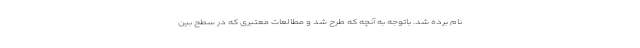
نام برده شد. باتوجه به آنچه که طرح شد و مطالعات معتبری که در سطح بین